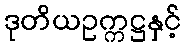
ဒုတိယဥက္ကဋ္ဌနှင့်